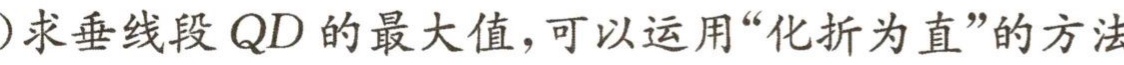
)求垂线段 \(QD\) 的最大值，可以运用“化折为直”的方法